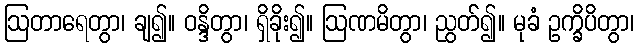
ဩတာရေတွာ၊ ချ၍။ ဝန္ဒိတွာ၊ ရှိခိုး၍။ ဩဏမိတွာ၊ ညွတ်၍။ မုခံ ဥက္ခိပိတွာ၊